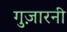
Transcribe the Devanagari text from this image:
गुज़ारनी